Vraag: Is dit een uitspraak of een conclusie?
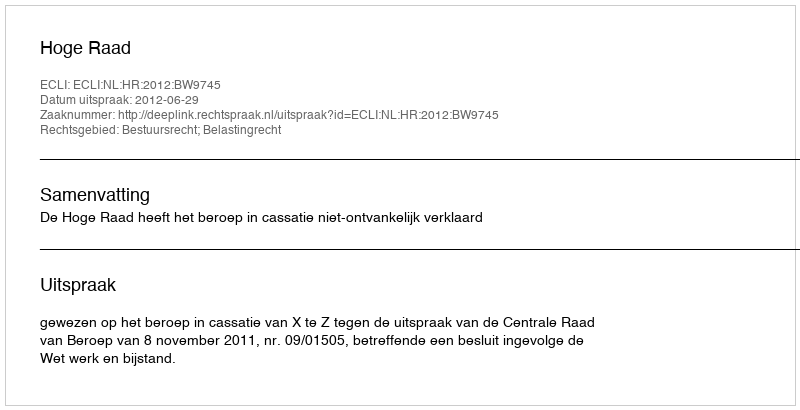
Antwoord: Uitspraak